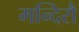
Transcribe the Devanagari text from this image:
मन्दिरौ